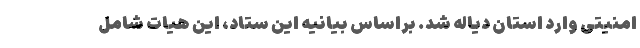
امنیتی وارد استان دیاله شد. براساس بیانیه این ستاد، این هیات شامل